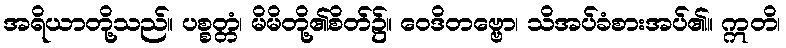
အရိယာတို့သည်။ ပစ္စတ္တံ၊ မိမိတို့၏စိတ်၌။ ဝေဒိတဗ္ဗော၊ သိအပ်ခံစားအပ်၏။ ဣတိ၊